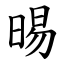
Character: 晹